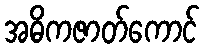
အဓိကဇာတ်ကောင်